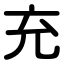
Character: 充